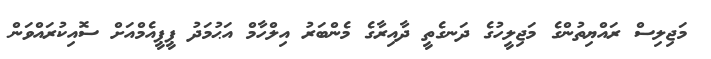
މަޖިލިސް ރައްޔިތުންގެ މަޖިލީހުގެ ދަނގެތީ ދާއިރާގެ މެންބަރު އިލްހާމް އަޙުމަދު ޕީޕީއެމްއަށް ސޮއިކުރައްވަން